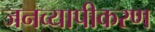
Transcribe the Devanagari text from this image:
जनव्यापीकरण